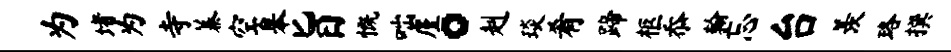
为堵为寺蓁空皋旨慨咄廑。赳琰肴蹄柩忝翰忘台羡珞撰